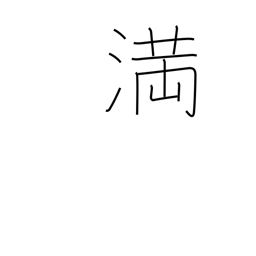
Meaning: enough